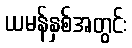
ယမန်နှစ်အတွင်း